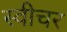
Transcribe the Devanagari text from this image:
स्वीचर